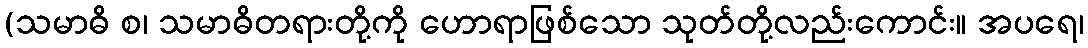
(သမာဓိ စ၊ သမာဓိတရားတို့ကို ဟောရာဖြစ်သော သုတ်တို့လည်းကောင်း။ အပရေ၊